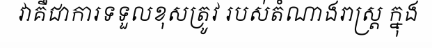
វាគឺជាការទទួលខុសត្រូវ របស់តំណាងរាស្ត្រ ក្នុង